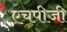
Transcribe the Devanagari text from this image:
एचपीजी